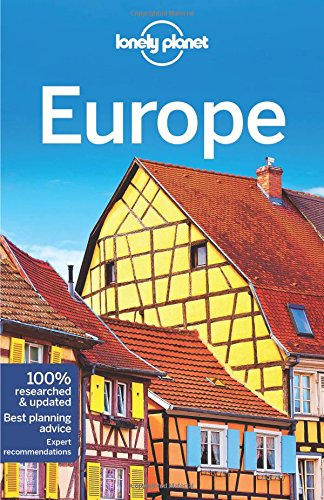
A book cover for Lonely Planet Europe (Travel Guide); Lonely Planet; Travel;